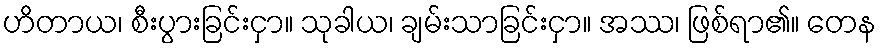
ဟိတာယ၊ စီးပွားခြင်းငှာ။ သုခါယ၊ ချမ်းသာခြင်းငှာ။ အဿ၊ ဖြစ်ရာ၏။ တေန